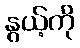
နွယ့်ကို